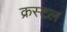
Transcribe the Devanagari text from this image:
क्रस्टल